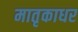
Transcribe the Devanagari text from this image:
मातृकाधर